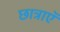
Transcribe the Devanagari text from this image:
छात्राएॅ